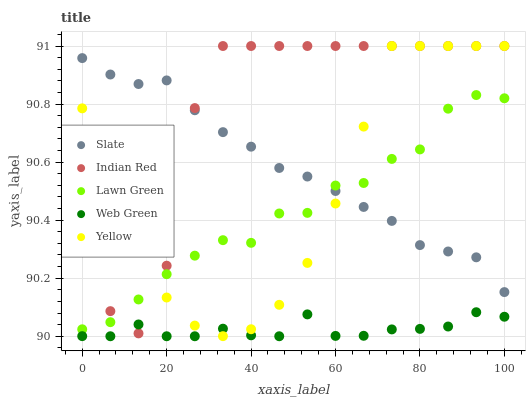
| xaxis_label | Slate | Indian Red | Lawn Green | Web Green | Yellow |
 | --- | --- | --- | --- | --- | --- |
 | 0 | 91 | 90.5 | 90 | 90 | 90.8 |
 | 6.67 | 90.9 | 90.1 | 90 | 90 | 90.5 |
 | 13.3 | 90.9 | 90 | 90.1 | 90 | 90.3 |
 | 20 | 90.9 | 90.2 | 90.2 | 90 | 90.1 |
 | 26.7 | 90.8 | 90.8 | 90.3 | 90 | 90 |
 | 33.3 | 90.7 | 91 | 90.3 | 90 | 90 |
 | 40 | 90.7 | 91 | 90.3 | 90 | 90 |
 | 46.7 | 90.6 | 91 | 90.4 | 90 | 90.1 |
 | 53.3 | 90.6 | 91 | 90.4 | 90.1 | 90.3 |
 | 60 | 90.5 | 91 | 90.5 | 90 | 90.5 |
 | 66.7 | 90.4 | 91 | 90.5 | 90 | 90.7 |
 | 73.3 | 90.4 | 91 | 90.6 | 90 | 91 |
 | 80 | 90.3 | 91 | 90.6 | 90 | 91 |
 | 86.7 | 90.3 | 91 | 90.8 | 90 | 91 |
 | 93.3 | 90.3 | 91 | 90.8 | 90.1 | 91 |
 | 100 | 90.2 | 91 | 90.8 | 90.1 | 91 |